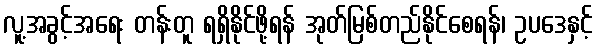
လူ့အခွင့်အရေး တန်းတူ ရရှိနိုင်ဖို့ရန် အုတ်မြစ်တည်နိုင်စေရန်၊ ဥပဒေနှင့်